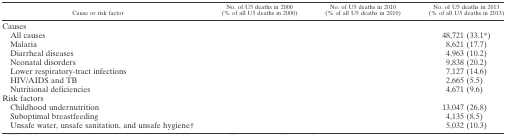
<table><thead><tr><td><b>Cause or risk factor</b></td><td><b>No. of U5 deaths in 2000 (% of all U5 deaths in 2000)</b></td><td><b>No. of U5 deaths in 2010 (% of all U5 deaths in 2010)</b></td><td><b>No. of U5 deaths in 2013 (% of all U5 deaths in 2013)</b></td></tr></thead><tbody><tr><td colspan="4">Causes</td></tr><tr><td> All causes</td><td>[EMPTY_CELL]</td><td>[EMPTY_CELL]</td><td>48,721 (33.1*)</td></tr><tr><td> Malaria</td><td>[EMPTY_CELL]</td><td>[EMPTY_CELL]</td><td>8,621 (17.7)</td></tr><tr><td> Diarrheal diseases</td><td>[EMPTY_CELL]</td><td>[EMPTY_CELL]</td><td>4,963 (10.2)</td></tr><tr><td> Neonatal disorders</td><td>[EMPTY_CELL]</td><td>[EMPTY_CELL]</td><td>9,838 (20.2)</td></tr><tr><td> Lower respiratory-tract infections</td><td>[EMPTY_CELL]</td><td>[EMPTY_CELL]</td><td>7,127 (14.6)</td></tr><tr><td> HIV/AIDS and TB</td><td>[EMPTY_CELL]</td><td>[EMPTY_CELL]</td><td>2,665 (5.5)</td></tr><tr><td> Nutritional deficiencies</td><td>[EMPTY_CELL]</td><td>[EMPTY_CELL]</td><td>4,671 (9.6)</td></tr><tr><td colspan="4">Risk factors</td></tr><tr><td> Childhood undernutrition</td><td>[EMPTY_CELL]</td><td>[EMPTY_CELL]</td><td>13,047 (26.8)</td></tr><tr><td> Suboptimal breastfeeding</td><td>[EMPTY_CELL]</td><td>[EMPTY_CELL]</td><td>4,135 (8.5)</td></tr><tr><td> Unsafe water, unsafe sanitation, and unsafe hygiene†</td><td>[EMPTY_CELL]</td><td>[EMPTY_CELL]</td><td>5,032 (10.3)</td></tr></tbody></table>